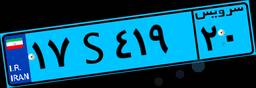
۵۷S۵۹۶۶۲